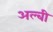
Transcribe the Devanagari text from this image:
अल्बी